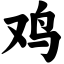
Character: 鸡